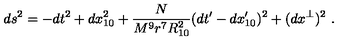
d s ^ { 2 } = - d t ^ { 2 } + d x _ { 1 0 } ^ { 2 } + \frac { N } { M ^ { 9 } r ^ { 7 } R _ { 1 0 } ^ { 2 } } ( d t ^ { \prime } - d x _ { 1 0 } ^ { \prime } ) ^ { 2 } + ( d x ^ { \perp } ) ^ { 2 } \ .